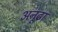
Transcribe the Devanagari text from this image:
अनूढा